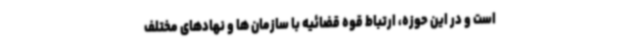
است و در این حوزه، ارتباط قوه قضائیه با سازمان ها و نهادهای مختلف